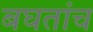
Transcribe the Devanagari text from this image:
बघतांच